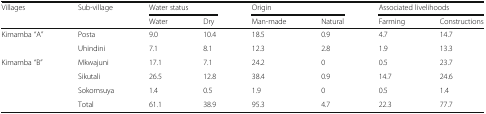
<table><thead><tr><td rowspan="2"><b>Villages</b></td><td><b>Sub-village</b></td><td colspan="2"><b>Water status</b></td><td colspan="2"><b>Origin</b></td><td colspan="2"><b>Associated livelihoods</b></td></tr><tr><td></td><td><b>Water</b></td><td><b>Dry</b></td><td><b>Man-made</b></td><td><b>Natural</b></td><td><b>Farming</b></td><td><b>Constructions</b></td></tr></thead><tbody><tr><td rowspan="2">Kimamba “A”</td><td>Posta</td><td>9.0</td><td>10.4</td><td>18.5</td><td>0.9</td><td>4.7</td><td>14.7</td></tr><tr><td>Uhindini</td><td>7.1</td><td>8.1</td><td>12.3</td><td>2.8</td><td>1.9</td><td>13.3</td></tr><tr><td rowspan="3">Kimamba “B”</td><td>Mkwajuni</td><td>17.1</td><td>7.1</td><td>24.2</td><td>0</td><td>0.5</td><td>23.7</td></tr><tr><td>Sikutali</td><td>26.5</td><td>12.8</td><td>38.4</td><td>0.9</td><td>14.7</td><td>24.6</td></tr><tr><td>Sokomsuya</td><td>1.4</td><td>0.5</td><td>1.9</td><td>0</td><td>0.5</td><td>1.4</td></tr><tr><td></td><td>Total</td><td>61.1</td><td>38.9</td><td>95.3</td><td>4.7</td><td>22.3</td><td>77.7</td></tr></tbody></table>